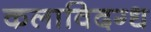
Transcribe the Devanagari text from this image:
कलाविदग्ध